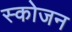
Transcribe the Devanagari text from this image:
स्कोजन